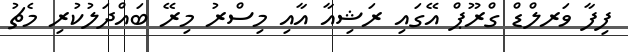
ފިފާ ވަރލްޑް ގްރޫޕް އޭގައި ރަޝިއާ އާއި މިސްރު މިރޭ ބައްދަލުކުރި މެޗު